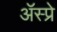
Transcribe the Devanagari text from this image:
ॲस्प्रे